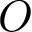
O